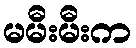
မမီးမီးက